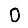
Digit: 0